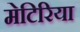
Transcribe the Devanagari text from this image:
मेटिरिया